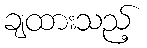
ချထားသည့်